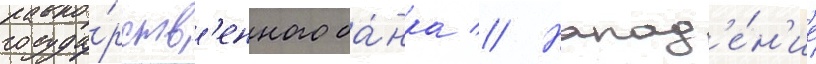
госуда́рств'енного ба́нка // Напад'е́н'ие